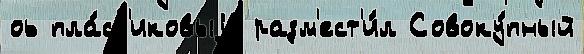
оь пла́ст'иковыjе разм'ест'и́л Совоку́пный